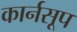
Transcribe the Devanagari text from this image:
कार्नसूप